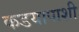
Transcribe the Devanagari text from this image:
कडयापाशी